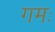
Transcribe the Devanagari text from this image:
गमः